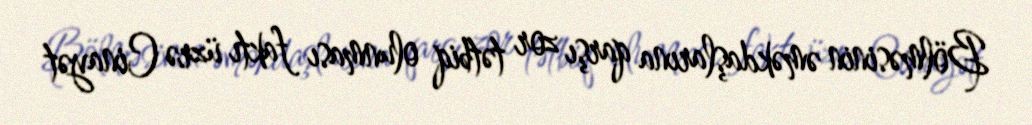
Bölməsinin əməkdaşlarına qarşı zor tətbiq olunması faktı üzrə Cinayət